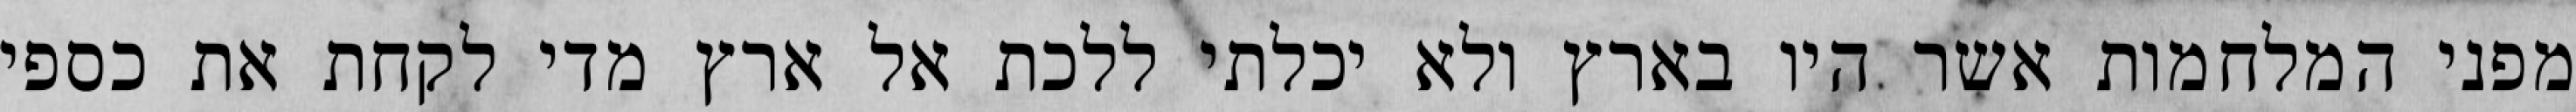
מפני המלחמות אשר היו בארץ ולא יכלתי ללכת אל ארץ מדי לקחת את כספי